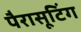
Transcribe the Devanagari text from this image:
पैरासूटिंग